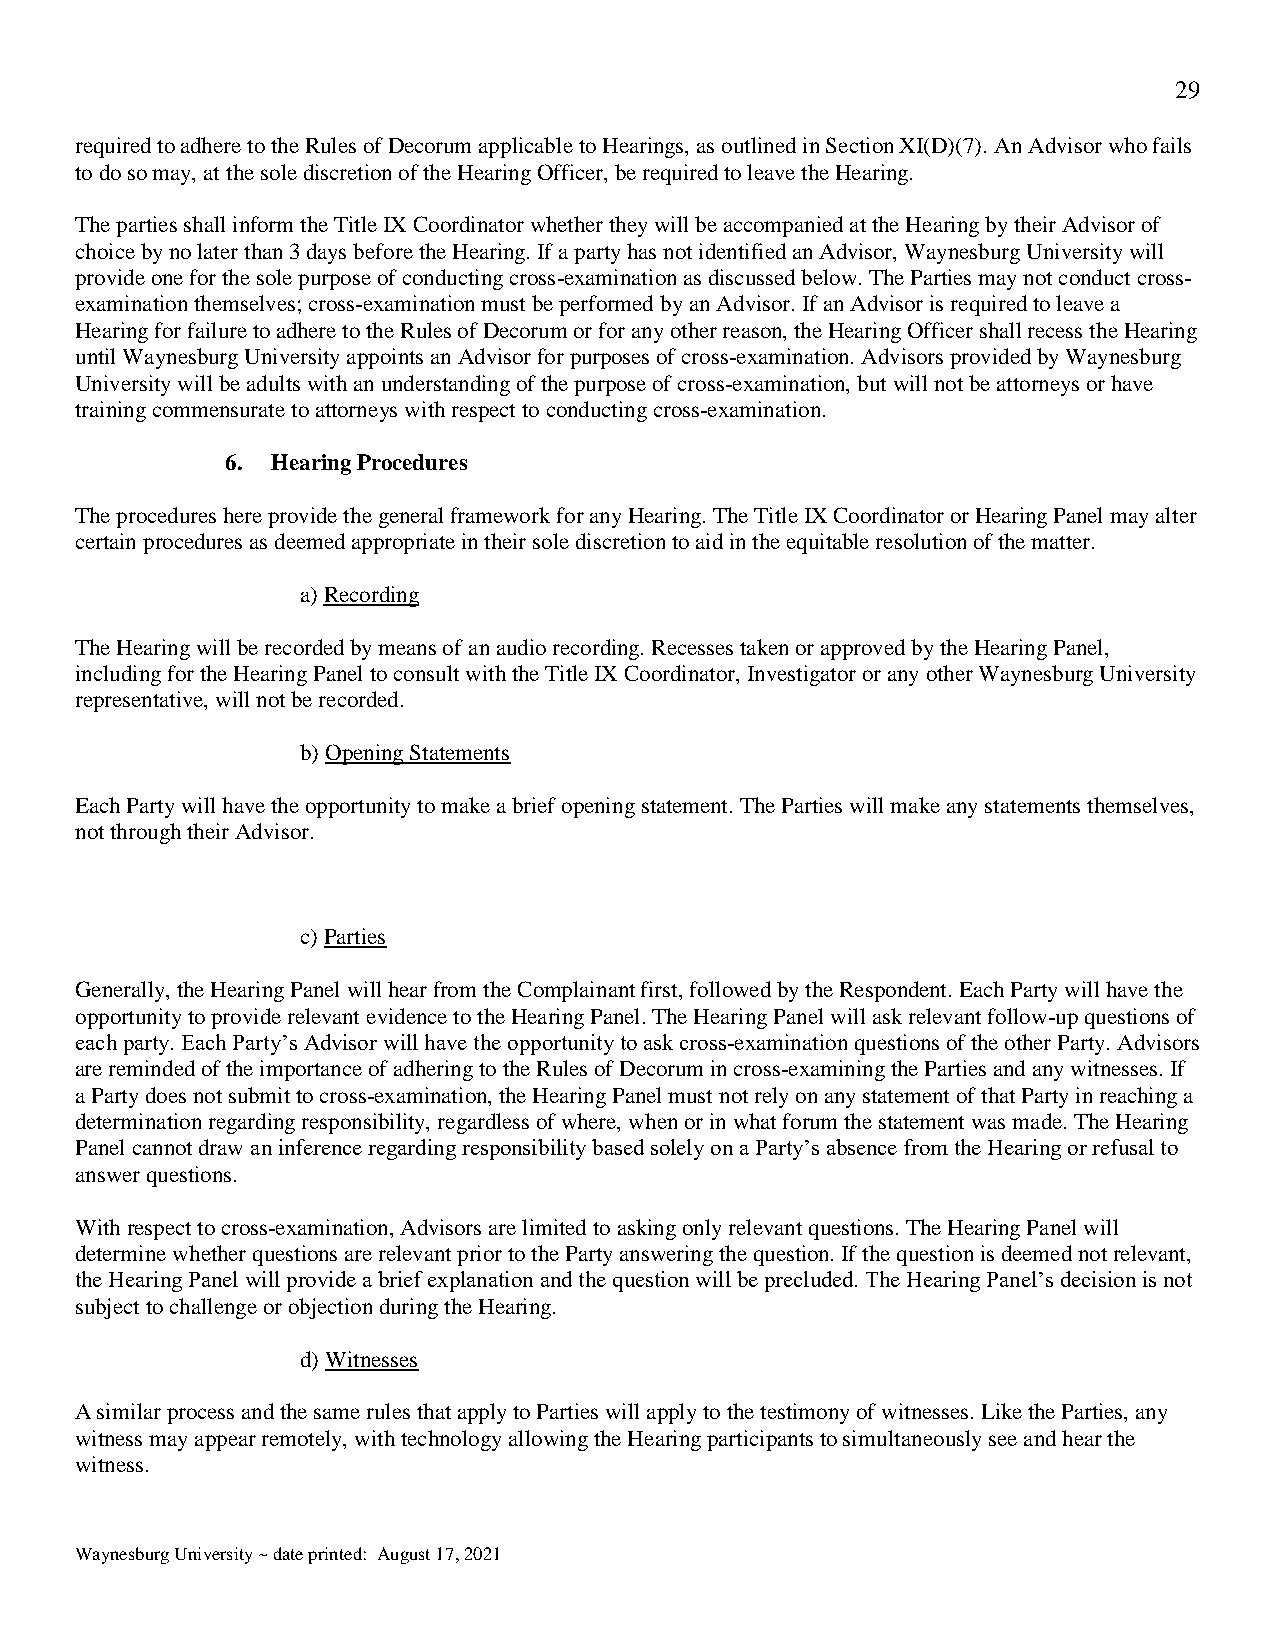
29
 required to adhere to the Rules of Decorum applicable to Hearings, as outlined in Section XI(D)(7). An Advisor who fails
 to do so may, at the sole discretion of the Hearing Officer, be required to leave the Hearing.
 The parties shall inform the Title IX Coordinator whether they will be accompanied at the Hearing by their Advisor of
 choice by no later than 3 days before the Hearing. If a party has not identified an Advisor, Waynesburg University will
 provide one for the sole purpose of conducting cross-examination as discussed below. The Parties may not conduct cross-
 examination themselves; cross-examination must be performed by an Advisor. If an Advisor is required to leave a
 Hearing for failure to adhere to the Rules of Decorum or for any other reason, the Hearing Officer shall recess the Hearing
 until Waynesburg University appoints an Advisor for purposes of cross-examination. Advisors provided by Waynesburg
 University will be adults with an understanding of the purpose of cross-examination, but will not be attorneys or have
 training commensurate to attorneys with respect to conducting cross-examination.
 6. Hearing Procedures
 The procedures here provide the general framework for any Hearing. The Title IX Coordinator or Hearing Panel may alter
 certain procedures as deemed appropriate in their sole discretion to aid in the equitable resolution of the matter.
 a) Recording
 The Hearing will be recorded by means of an audio recording. Recesses taken or approved by the Hearing Panel,
 including for the Hearing Panel to consult with the Title IX Coordinator, Investigator or any other Waynesburg University
 representative, will not be recorded.
 b) Opening Statements
 Each Party will have the opportunity to make a brief opening statement. The Parties will make any statements themselves,
 not through their Advisor.
 c) Parties
 Generally, the Hearing Panel will hear from the Complainant first, followed by the Respondent. Each Party will have the
 opportunity to provide relevant evidence to the Hearing Panel. The Hearing Panel will ask relevant follow-up questions of
 each party. Each Party’s Advisor will have the opportunity to ask cross-examination questions of the other Party. Advisors
 are reminded of the importance of adhering to the Rules of Decorum in cross-examining the Parties and any witnesses. If
 a Party does not submit to cross-examination, the Hearing Panel must not rely on any statement of that Party in reaching a
 determination regarding responsibility, regardless of where, when or in what forum the statement was made. The Hearing
 Panel cannot draw an inference regarding responsibility based solely on a Party’s absence from the Hearing or refusal to
 answer questions.
 With respect to cross-examination, Advisors are limited to asking only relevant questions. The Hearing Panel will
 determine whether questions are relevant prior to the Party answering the question. If the question is deemed not relevant,
 the Hearing Panel will provide a brief explanation and the question will be precluded. The Hearing Panel’s decision is not
 subject to challenge or objection during the Hearing.
 d) Witnesses
 A similar process and the same rules that apply to Parties will apply to the testimony of witnesses. Like the Parties, any
 witness may appear remotely, with technology allowing the Hearing participants to simultaneously see and hear the
 witness.
 Waynesburg University ~ date printed: August 17, 2021